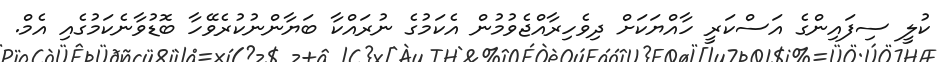
ކުލީ ސިފައިންގެ އަސްކަރީ ހާއްޔަކަށް ދިވެހިރާއްޖެވުމުން އެކަމުގެ ނުރައްކާ ބަޔާންނުކުރެވޭހާ ބޮޑުވާނެކަމުގެއި އެމް.